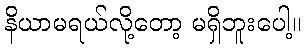
နိယာမရယ်လို့တော့ မရှိဘူးပေါ့။